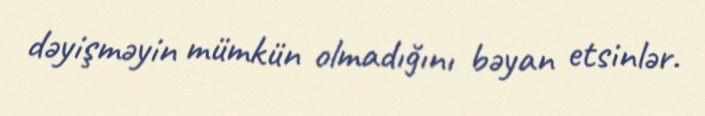
dəyişməyin mümkün olmadığını bəyan etsinlər.